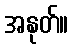
အနုတ်။